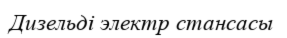
Дизельді электр стансасы